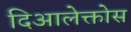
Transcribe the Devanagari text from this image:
दिआलेक्तोस